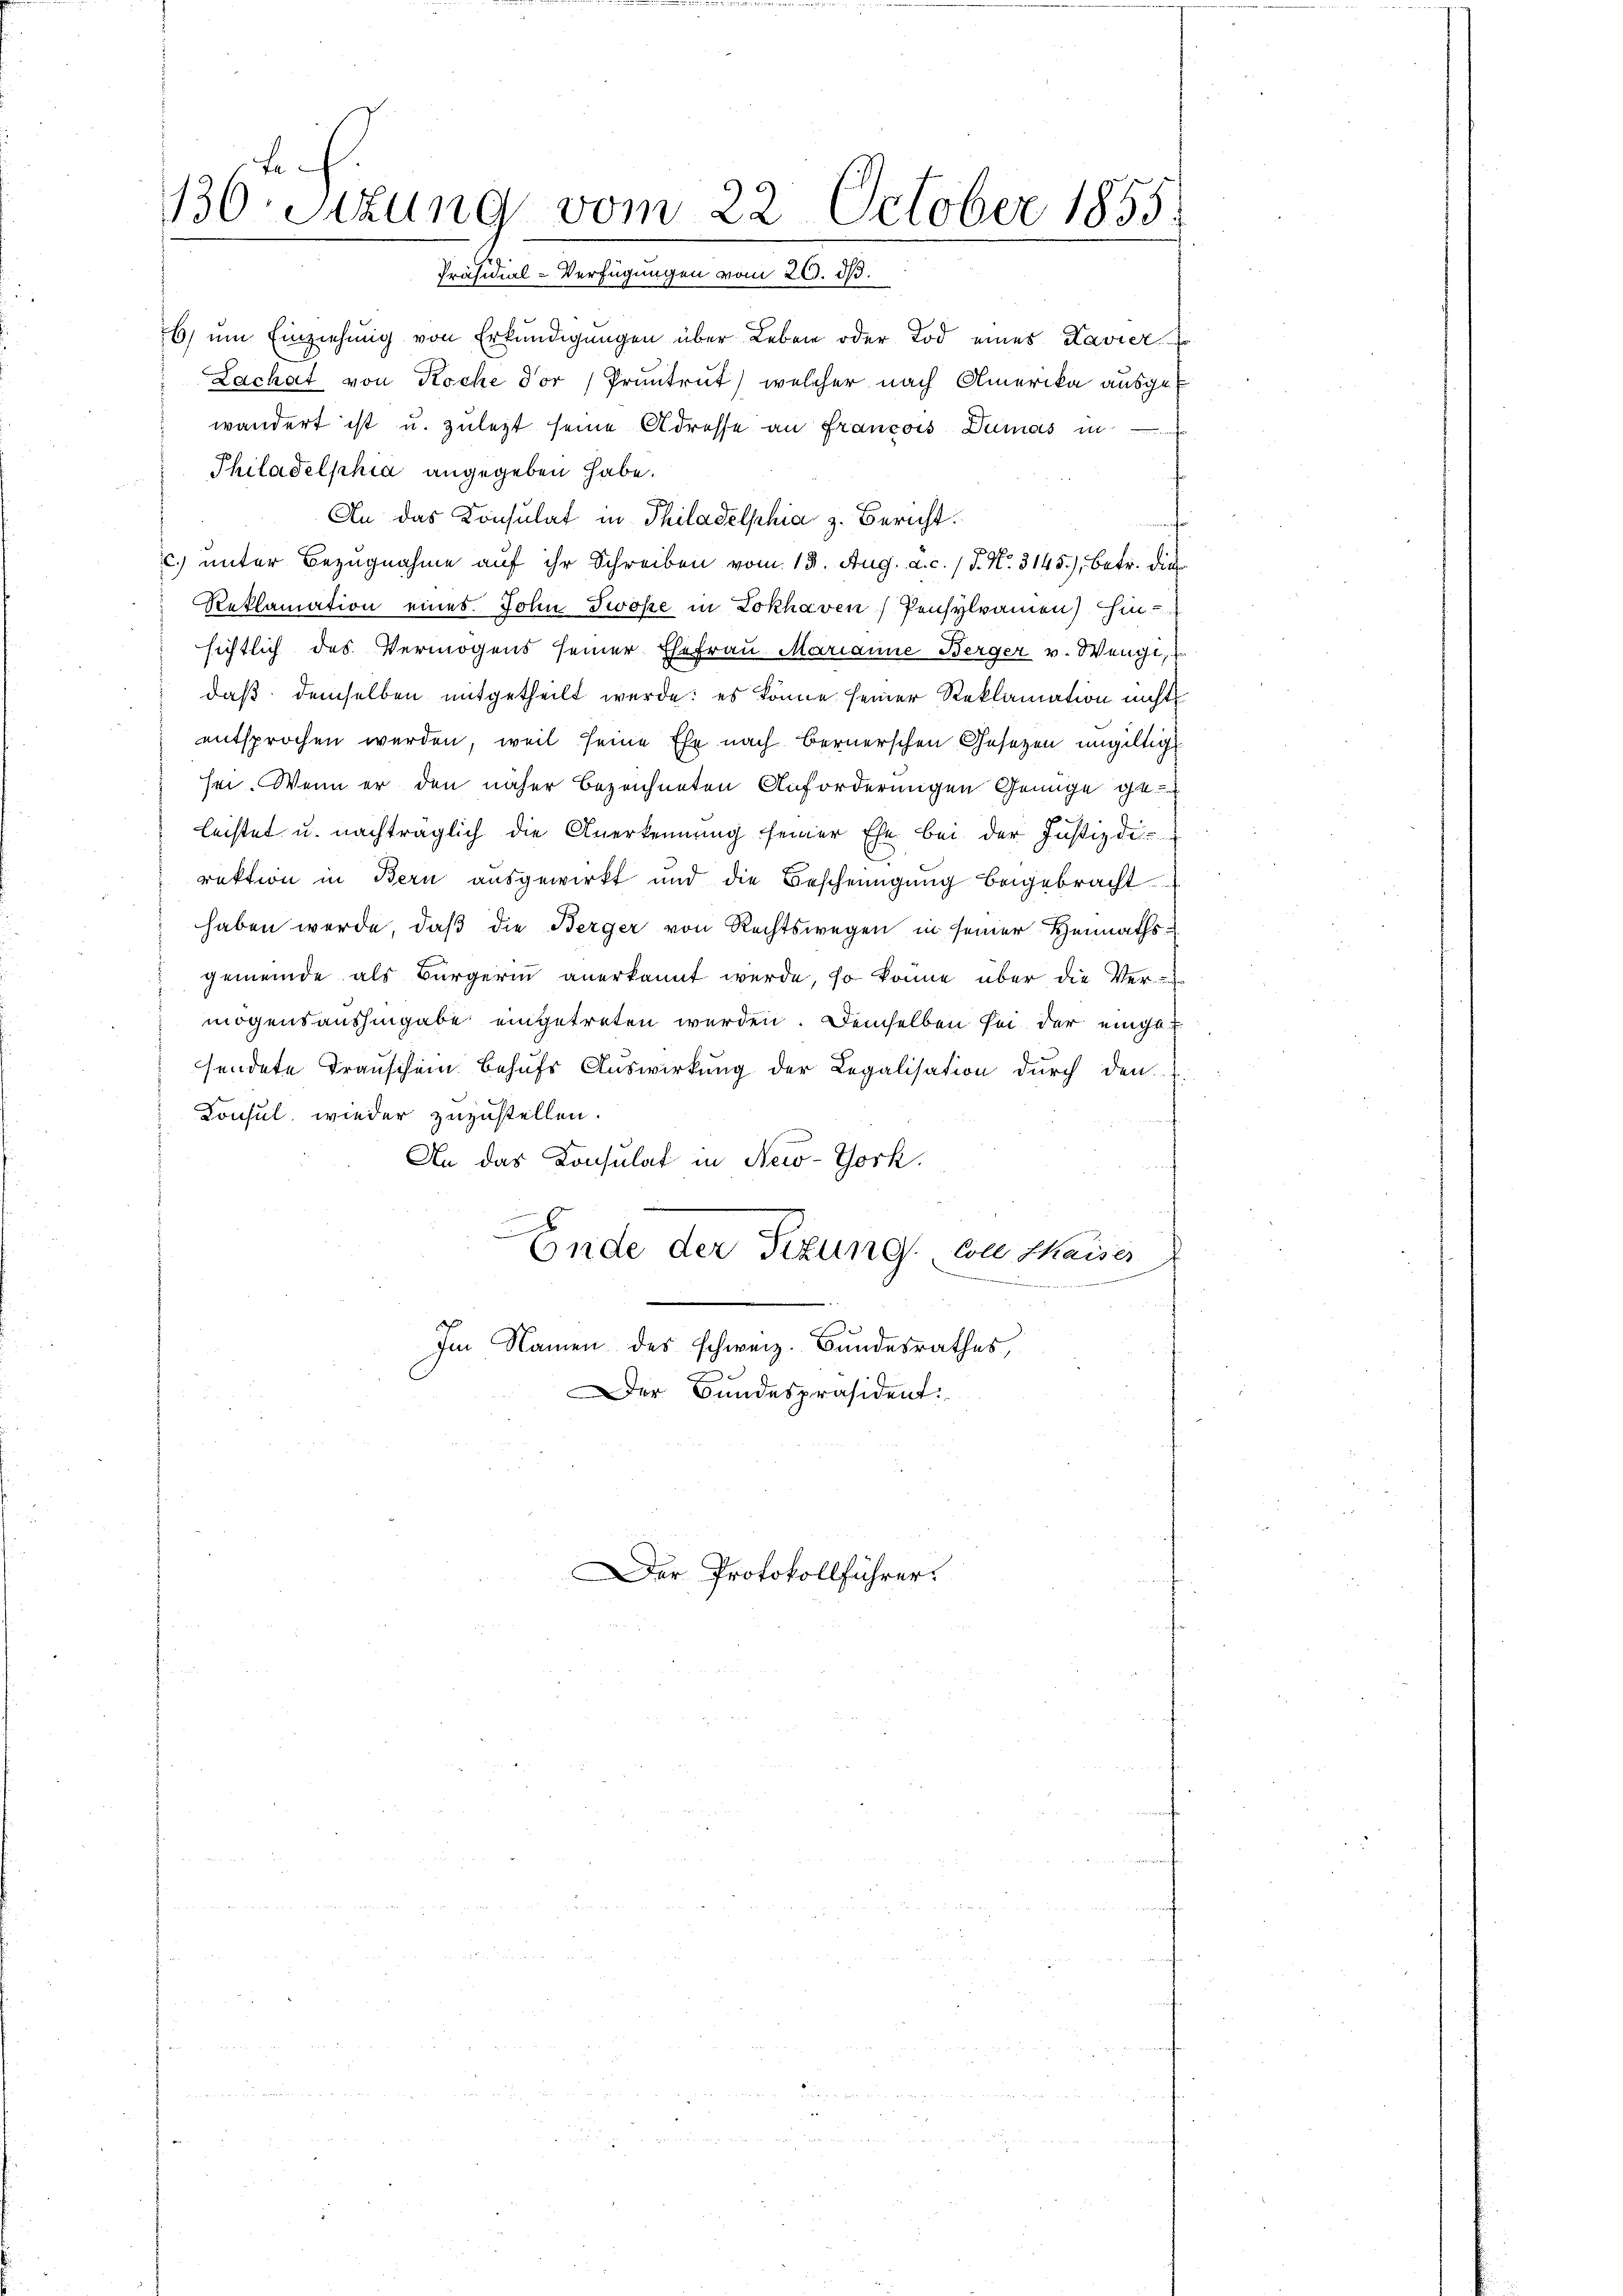
te.
130. Sitzung vom 22. October 1855.
Präsidial-Verfügungen vom 26. ds.

26) um Einziehung von Erkundigungen über Leben oder Tod eines Kavier so
Lachat von Koche dor Pruntrut, welcher nach Amerika ausgewandert ist u. zuletzt seine Adresse an Franzois Dumas in
Philadelphia angegeben habe.
An das Konsulat in Philadelphia z. Bericht.
c. unter Bezugnahme auf ihr Schreiben vom 13. Aug. a. c. 1 P. Nr. 3145), betr. die
Reklamation eines John Twöse in Lokhaven) Pensylvamen) hinsichtlich des Vermögens seiner Ehefrau Marianne Berger v. Wenge,
daß demselben mitgetheilt werde; es könne seiner Reklamation nicht
entsprochen werden, weil seine Ehe nach Bernerschen Gesetzen ungültig
sei. Wenn er den näher bezeichneten Anforderungen Genüge ge-
leistet u. nachträglich die Anerkennung seiner Ehe bei der Justizde
rektion in Bern ausgewirkt und die Bescheingung beigebracht
haben werde, daß die Berger von Rechtswegen in seiner Heimaths-
gemeinde als Bürgerin anerkannt werde, so könne über die Ver-
mögensaushingabe eingetreten werden. Demselben sei der eingesendete Trauschein behufs Auswirkung der Legalisation durch den
Konsul, wieder zuzustellen.
An das Konsulat in New-York.
x
Ende der Sizung von Kaiser
Dieser hier die ihren und der als in der auch werden werden
d
d
Im Namen des schweiz. Bundesrathes,
er Bundespräsident:

Der Protokollführer.